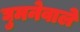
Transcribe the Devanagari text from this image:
घुमनेवाले